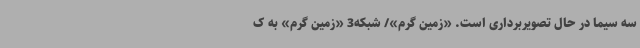
سه سیما در حال تصویربرداری است. «زمین گرم»/ شبکه3 «زمین گرم» به ک